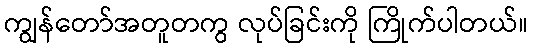
ကျွန်တော်အတူတကွ လုပ်ခြင်းကို ကြိုက်ပါတယ်။